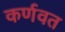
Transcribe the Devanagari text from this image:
कर्णवत